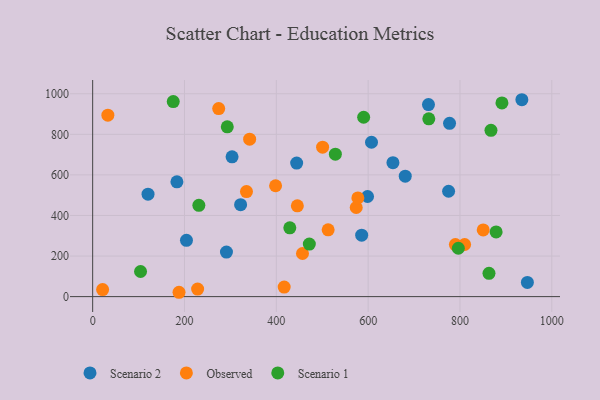
{"axis": {"x": "Distance", "y": "Salary"}, "legend": ["Observed", "Scenario 1", "Scenario 2"], "data": [{"x": "322.2", "y": 453.1, "type": "Scenario 2"}, {"x": "598.7", "y": 493.6, "type": "Scenario 2"}, {"x": "183.5", "y": 566.0, "type": "Scenario 2"}, {"x": "120.6", "y": 505.1, "type": "Scenario 2"}, {"x": "777.3", "y": 854.4, "type": "Scenario 2"}, {"x": "303.6", "y": 689.0, "type": "Scenario 2"}, {"x": "291.4", "y": 219.6, "type": "Scenario 2"}, {"x": "775.2", "y": 519.3, "type": "Scenario 2"}, {"x": "680.8", "y": 593.6, "type": "Scenario 2"}, {"x": "946.8", "y": 69.9, "type": "Scenario 2"}, {"x": "607.3", "y": 760.9, "type": "Scenario 2"}, {"x": "654.0", "y": 660.3, "type": "Scenario 2"}, {"x": "585.9", "y": 302.7, "type": "Scenario 2"}, {"x": "204.3", "y": 277.7, "type": "Scenario 2"}, {"x": "934.8", "y": 970.6, "type": "Scenario 2"}, {"x": "444.3", "y": 658.5, "type": "Scenario 2"}, {"x": "731.4", "y": 946.8, "type": "Scenario 2"}, {"x": "790.0", "y": 256.6, "type": "Observed"}, {"x": "21.7", "y": 34.9, "type": "Observed"}, {"x": "574.0", "y": 439.3, "type": "Observed"}, {"x": "335.0", "y": 517.7, "type": "Observed"}, {"x": "457.0", "y": 212.5, "type": "Observed"}, {"x": "228.6", "y": 37.4, "type": "Observed"}, {"x": "577.6", "y": 486.6, "type": "Observed"}, {"x": "810.1", "y": 256.9, "type": "Observed"}, {"x": "341.9", "y": 776.2, "type": "Observed"}, {"x": "850.6", "y": 328.6, "type": "Observed"}, {"x": "512.9", "y": 329.4, "type": "Observed"}, {"x": "500.8", "y": 736.9, "type": "Observed"}, {"x": "417.1", "y": 46.9, "type": "Observed"}, {"x": "188.1", "y": 21.4, "type": "Observed"}, {"x": "33.1", "y": 894.6, "type": "Observed"}, {"x": "398.4", "y": 546.6, "type": "Observed"}, {"x": "445.8", "y": 447.7, "type": "Observed"}, {"x": "274.5", "y": 927.1, "type": "Observed"}, {"x": "867.5", "y": 819.9, "type": "Scenario 1"}, {"x": "891.4", "y": 954.6, "type": "Scenario 1"}, {"x": "590.2", "y": 884.3, "type": "Scenario 1"}, {"x": "231.3", "y": 449.8, "type": "Scenario 1"}, {"x": "104.3", "y": 123.9, "type": "Scenario 1"}, {"x": "429.4", "y": 339.1, "type": "Scenario 1"}, {"x": "528.6", "y": 702.0, "type": "Scenario 1"}, {"x": "732.1", "y": 876.2, "type": "Scenario 1"}, {"x": "863.2", "y": 114.7, "type": "Scenario 1"}, {"x": "175.5", "y": 961.6, "type": "Scenario 1"}, {"x": "471.9", "y": 259.2, "type": "Scenario 1"}, {"x": "796.4", "y": 238.5, "type": "Scenario 1"}, {"x": "293.2", "y": 837.1, "type": "Scenario 1"}, {"x": "878.7", "y": 319.1, "type": "Scenario 1"}]}